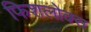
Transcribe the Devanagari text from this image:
फिशलोक्स